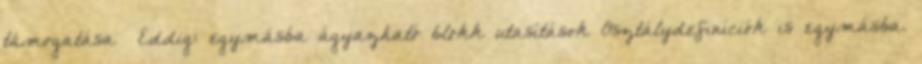
támogatása –Eddig: egymásba ágyazható blokk utasítások Osztálydefiníciók is egymásba.